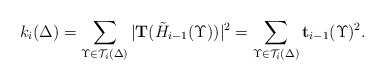
\begin{align*}k_{i}(\Delta)=\sum_{\Upsilon\in \mathcal{T}_{i}(\Delta)}{|\mathbf{T}(\tilde{H}_{i-1}(\Upsilon))|^2}=\sum_{\Upsilon\in \mathcal{T}_{i}(\Delta)}{\mathbf{t}_{i-1}(\Upsilon)^2}.\end{align*}